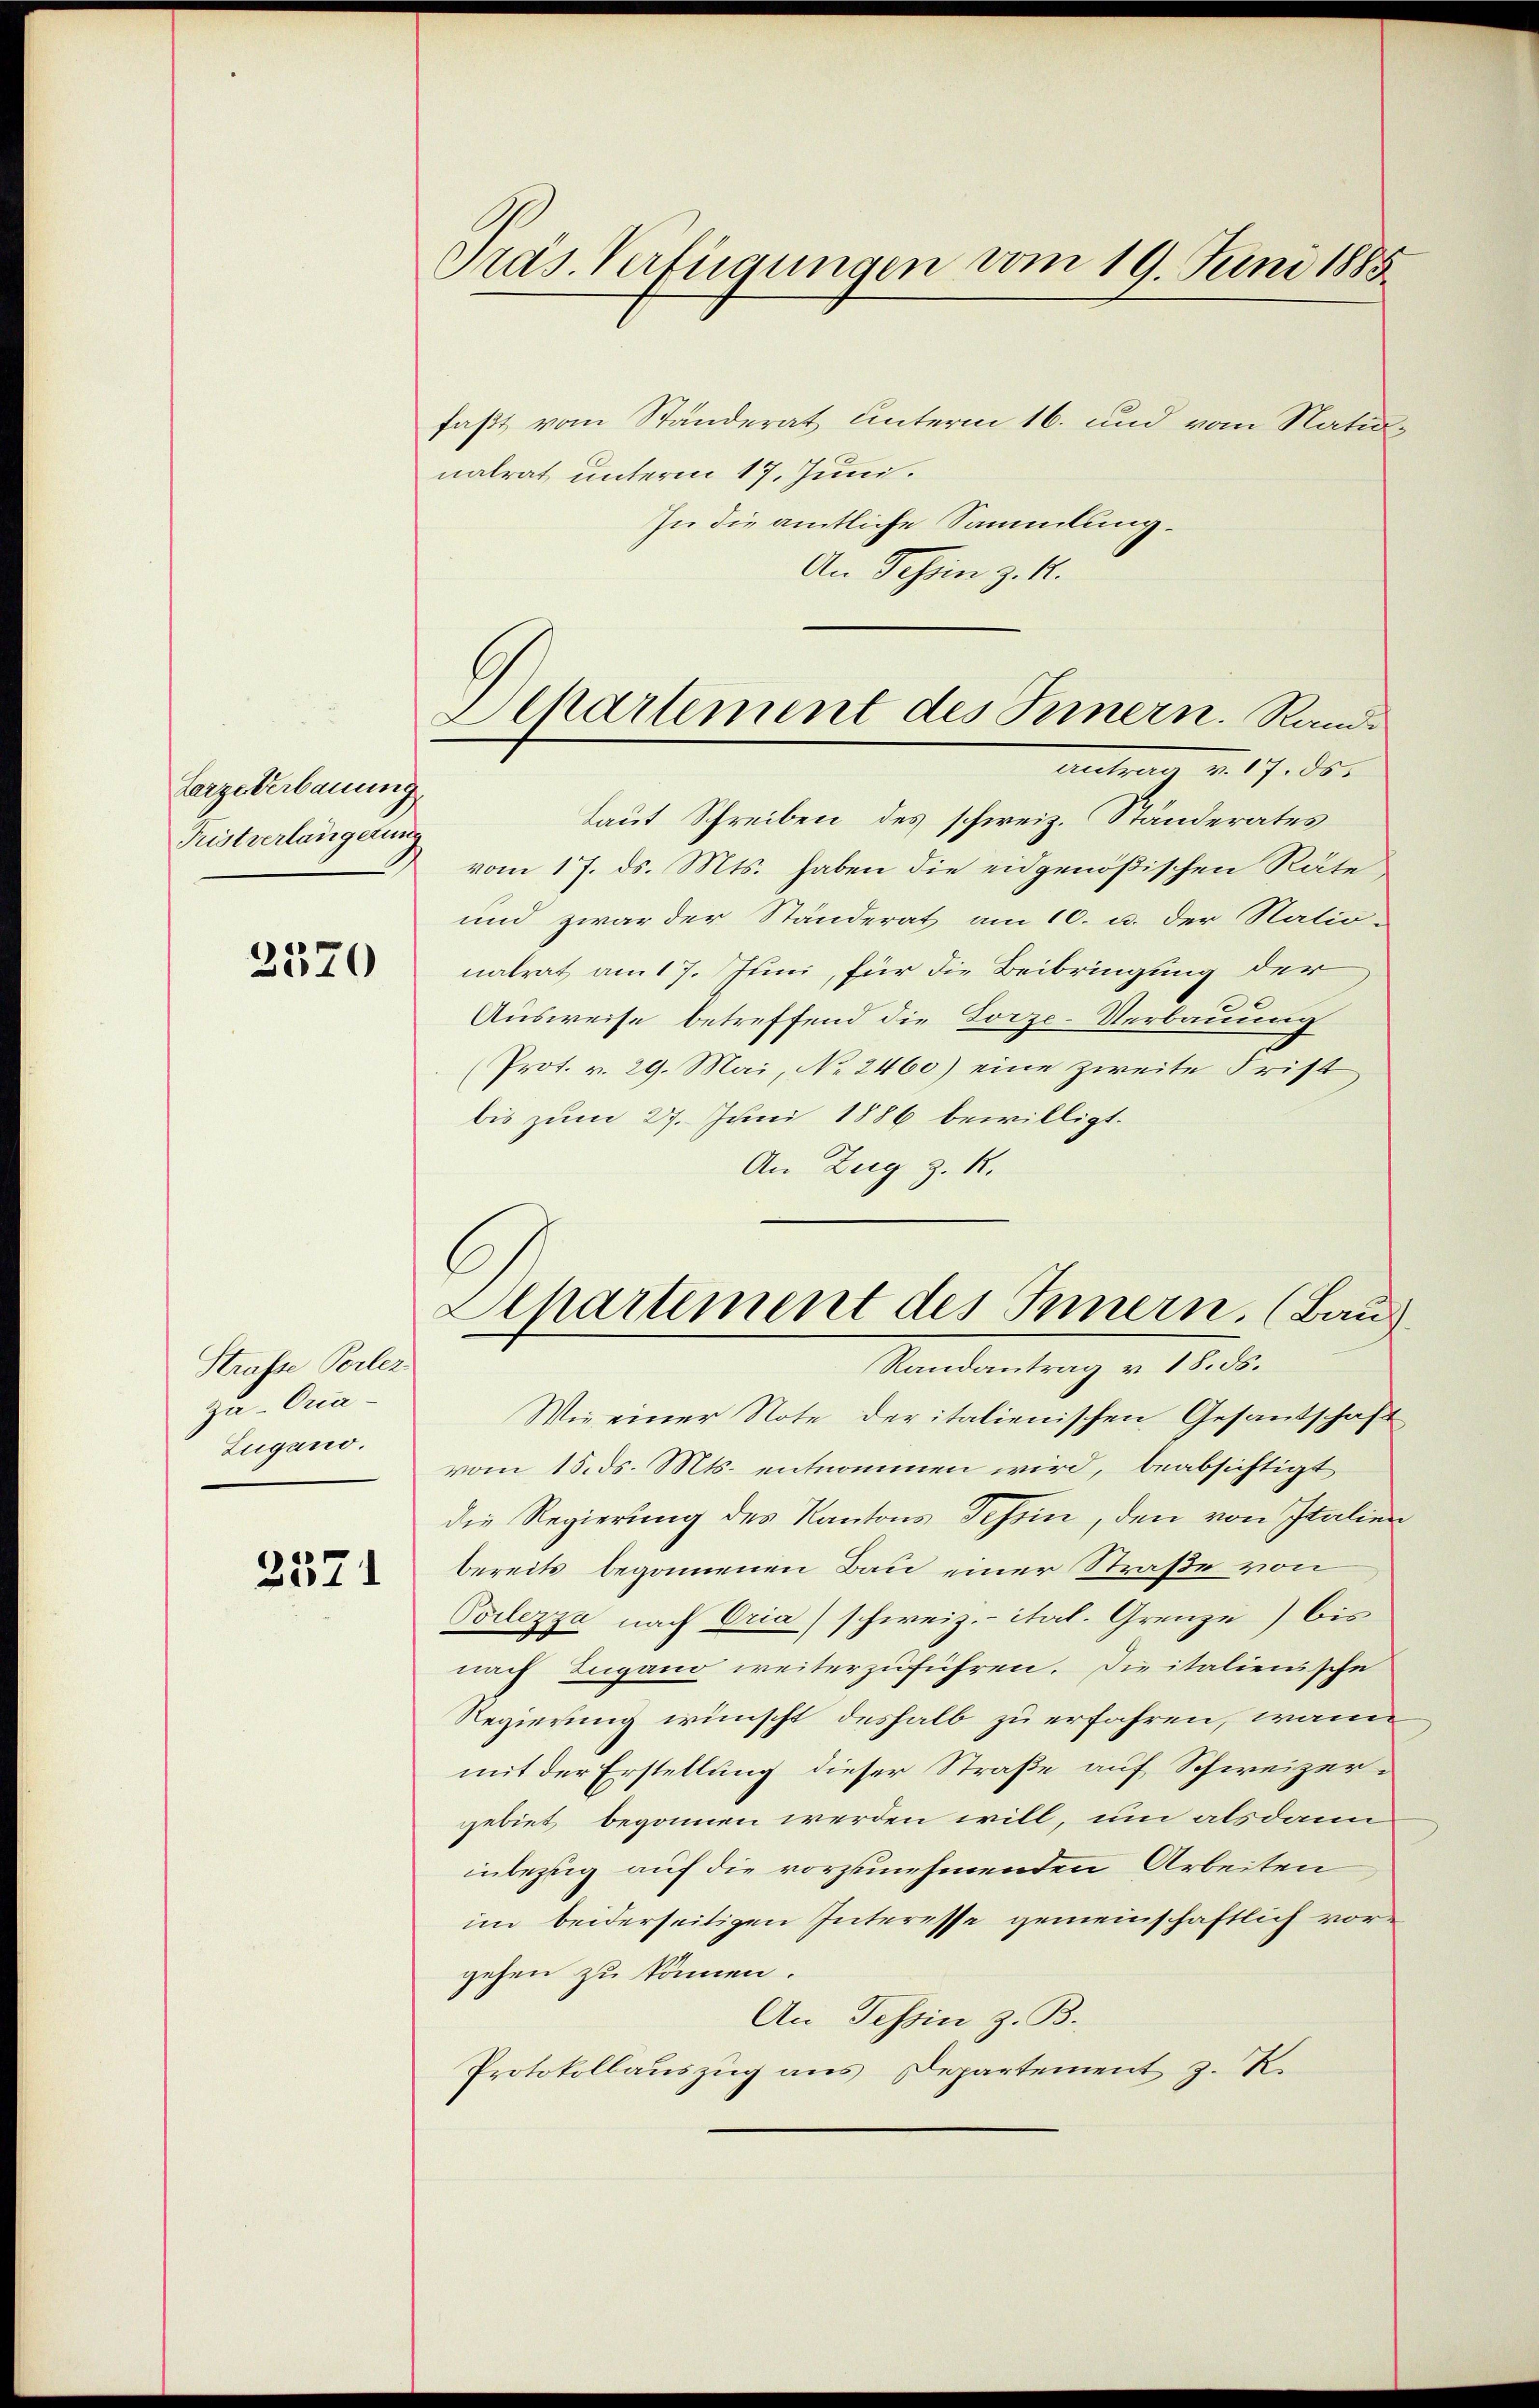
Largeberbauung
Fristverlängerung

2370

Straße Perlez
zu-Oria-
Eugano.

3371

Präs. Verfügungen vom 19. Juni 1885

faßt vom Ständerat unterm 16. und vom Natio
nalrat unterm 17. Juni.
In die amtliche Sammlung.
An Schin z. K.
laut Schreiben des schweiz. Ständerates
vom 17. ds. Mts. haben die eidgenößischen Räte
und zwar der Ständerat am 10. u. der Natio-
nalrat am 17. Juni, für die Beibringung der
Ausweise betreffend die Lorze-Verbauung
(Prot. v. 29. Mai, No. 2460) eine zweite Frist
bis zum 27. Juni 1886 bewilligt.
An Zug z. R.
C
Alpartement des Innern. (Bau
Randantrag v. 18. ds.
Wie einer Note der italienischen Gesandschaft
vom 15. ds. Mts. entnommen wird, beabsichtigt
die Regierung des Kantons Tessin, den von Italie
bereits begonnenen Bau einer Straße von
Poilezza nach Oria) schweiz.- ital. Grenze) bis
nach Lugano weiterzuführen. Die italienische
Regierung wünscht deshalb zu erfahren, wann
mit der Erstellung dieser Straße auf Schweizergebiet begonnen werden will, um alsdann
inbezug auf die vorzunehmenden Arbeiten
im beiderseitigen Interesse gemeinschaftlich vorgehen zu können.
An Tessin z. B.
Protokollauszug aus Departement z. R.

Aepartement des Innern. Rand¬
. 1785.